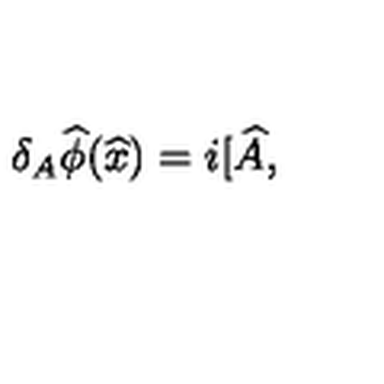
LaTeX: \delta _ { A } \widehat { \phi } \smallskip ( \widehat { x } ) = i [ \widehat { A } \smallskip ,